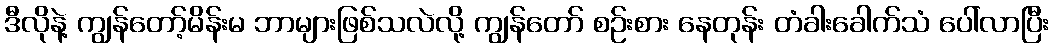
ဒီလိုနဲ့ ကျွန်တော့်မိန်းမ ဘာများဖြစ်သလဲလို့ ကျွန်တော် စဉ်းစား နေတုန်း တံခါးခေါက်သံ ပေါ်လာပြီး